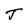
Character: J